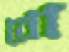
রো